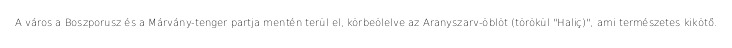
A város a Boszporusz és a Márvány-tenger partja mentén terül el, körbeölelve az Aranyszarv-öblöt (törökül "Haliç)", ami természetes kikötő.